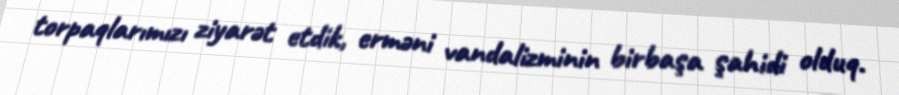
torpaqlarımızı ziyarət etdik, erməni vandalizminin birbaşa şahidi olduq.